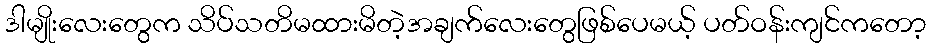
ဒါမျိုးလေးတွေက သိပ်သတိမထားမိတဲ့အချက်လေးတွေဖြစ်ပေမယ့် ပတ်ဝန်းကျင်ကတော့